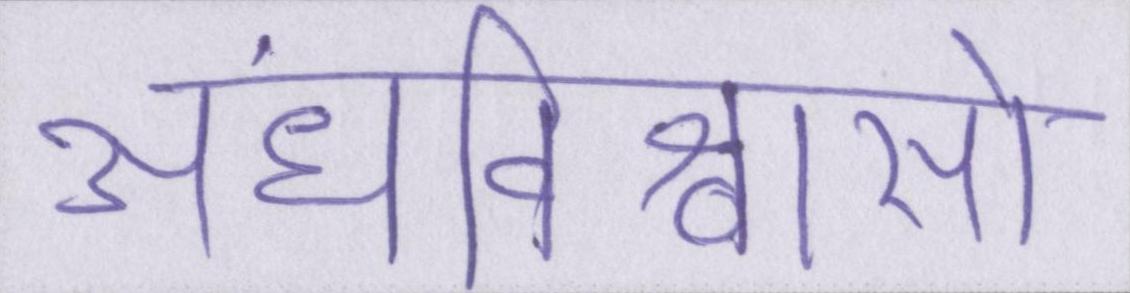
अंधविश्वासों